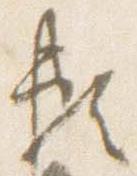
頼